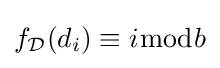
f_{\mathcal {D}}(d_{i})\equiv i{\bmod {b}}